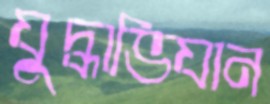
যুদ্ধাভিযান